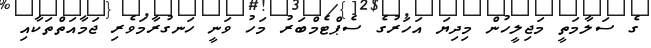
ގެ ސަލާމަތީ މަޖިލީހުން މިދިޔަ އަހަރުގެ ސެޕްޓެމްބަރު މަހު ވަނީ ހަނގުރާމަވެރި ޖަމާއަތްތަކާއި